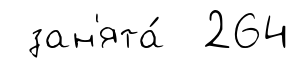
зан'ята́ 264